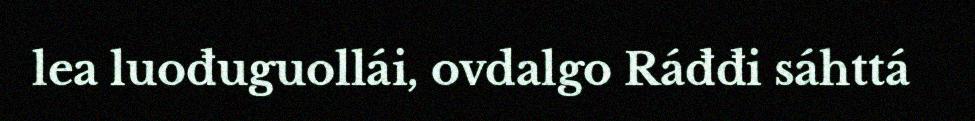
lea luođuguollái, ovdalgo Ráđđi sáhttá